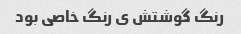
رنگ گوشتش ی رنگ خاصی بود